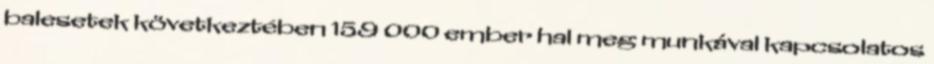
balesetek következtében 159 000 ember hal meg munkával kapcsolatos